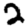
Digit: 2